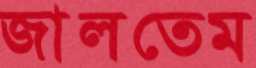
জালতেম